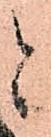
と